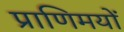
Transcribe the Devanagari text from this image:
प्राणिमयों